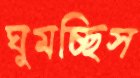
ঘুমচ্ছিস